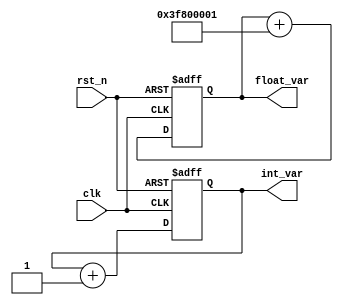
module ParameterInitialization #(
    parameter INTEGER_INIT = 8'd0,        // Default integer initialization value
    parameter FLOAT_INIT = 32'h3F800000   // Default float initialization value (representing 1.0 in IEEE 754)
)(
    input wire clk,                        // Clock signal
    input wire rst_n,                      // Active low reset
    output reg [7:0] int_var,             // Internal integer variable
    output reg [31:0] float_var            // Internal float variable
);

    // Initialization block
    initial begin
        int_var = INTEGER_INIT;            // Initialize integer variable
        float_var = FLOAT_INIT;            // Initialize float variable
    end

    // Behavioral logic
    always @(posedge clk or negedge rst_n) begin
        if (!rst_n) begin
            int_var <= INTEGER_INIT;        // Reset integer variable
            float_var <= FLOAT_INIT;        // Reset float variable
        end else begin
            // Example behavior:
            // Increment the integer variable and modify the float variable
            int_var <= int_var + 1;          // Increment integer
            float_var <= float_var + 32'h3F800001; // Increment float by small value (1.0000001)
        end
    end
endmodule